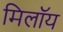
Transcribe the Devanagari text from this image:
मिलॉय